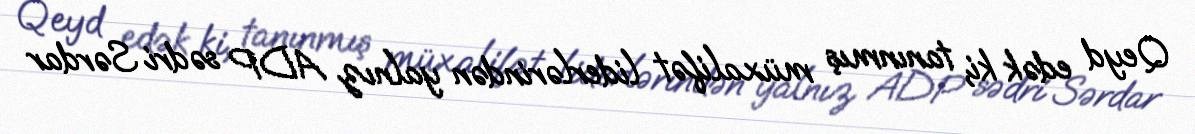
Qeyd edək ki, tanınmış müxalifət liderlərindən yalnız ADP sədri Sərdar